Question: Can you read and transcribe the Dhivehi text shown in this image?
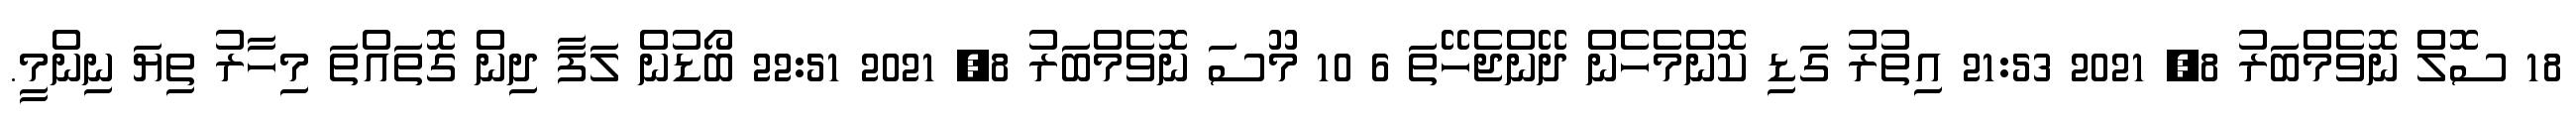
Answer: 18 ސޮލް ނޮވެމްބަރު 8, 2021 21:53 އިތުރު ގަޑި ކޮންމެހެން ދޭންޖެހޭތަ 6 10 މޫސަ ނޮވެމްބަރު 8, 2021 22:51 ބޯޑުން ލަފާ ދިން ގޮތައްތަ މިހާރު ތިޔަ ނިންމީ.